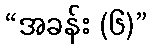
“အခန်း (၆)”